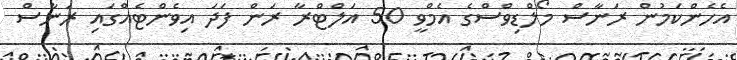
އެހެންކަމުން ރަނާސް މޯލްޑިވްސްގެ އެމްވީ 50 އަލްޓްރާ ރަން ފަދަ އިވެންޓެއްގައި ރަނާސް